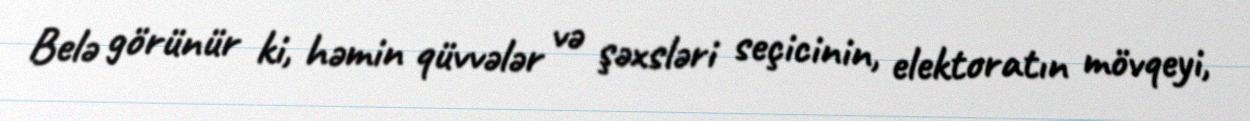
Belə görünür ki, həmin qüvvələr və şəxsləri seçicinin, elektoratın mövqeyi,